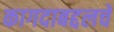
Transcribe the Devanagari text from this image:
कागदाबद्दलचे